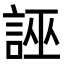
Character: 誣